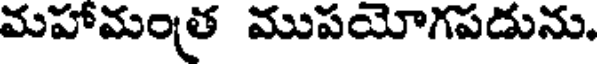
మహామంత్ర ముపయోగపడును,